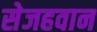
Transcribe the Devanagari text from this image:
सेजहवान